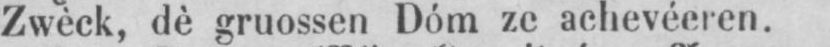
Zwèck, dè gruossen Dóm ze achevéeren.